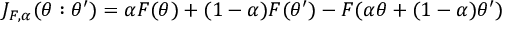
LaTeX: J _ { F , \alpha } ( \theta : \theta ^ { \prime } ) = \alpha F ( \theta ) + ( 1 - \alpha ) F ( \theta ^ { \prime } ) - F ( \alpha \theta + ( 1 - \alpha ) \theta ^ { \prime } )